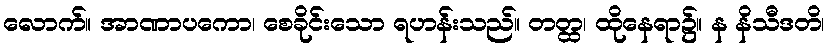
လောက်။ အာဏာပကော၊ စေခိုင်းသော ရဟန်းသည်။ တတ္ထ၊ ထိုနေရာ၌။ န နိသီဒတိ၊